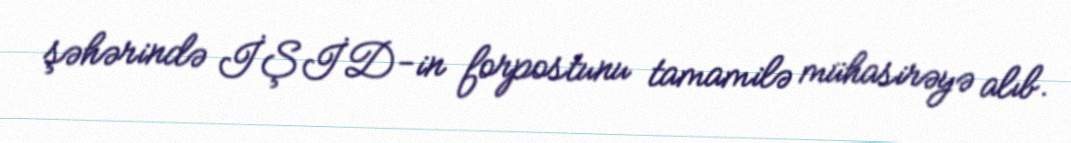
şəhərində İŞİD-in forpostunu tamamilə mühasirəyə alıb.